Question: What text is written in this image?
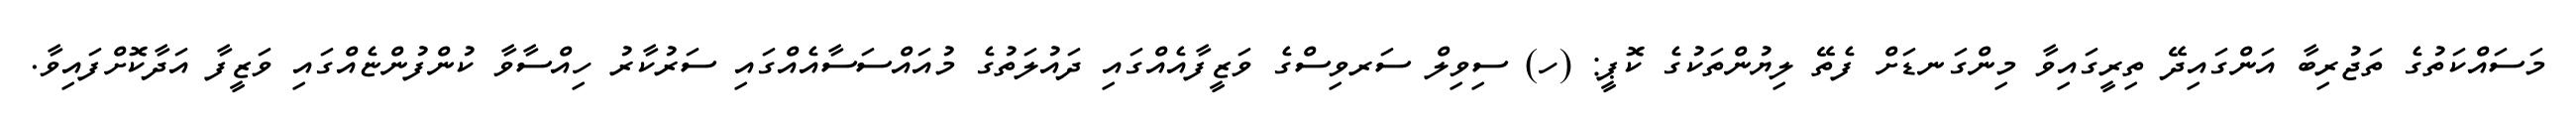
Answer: މަސައްކަތުގެ ތަޖުރިބާ އަންގައިދޭ ތިރީގައިވާ މިންގަނޑަށް ފެތޭ ލިޔުންތަކުގެ ކޮޕީ: (ހ) ސިވިލް ސަރވިސްގެ ވަޒީފާއެއްގައި ދައުލަތުގެ މުއައްސަސާއެއްގައި ސަރުކާރު ހިއްސާވާ ކުންފުންޏެއްގައި ވަޒީފާ އަދާކޮށްފައިވާ.